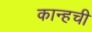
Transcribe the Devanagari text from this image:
कान्हची